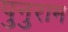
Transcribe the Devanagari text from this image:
पुनुराम